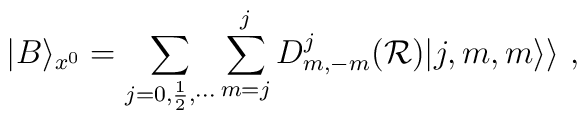
|B \rangle_{x^0} =  \sum_{j=0, \frac{1}{2}, \cdots}\sum_{m=j}^j D_{m,-m}^j ( {\cal R}) | j,m,m \rangle \rangle ~,